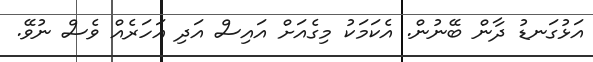
އަޅުގަނޑު ދާން ބޭނުން. އެކަމަކު މިގެއަށް އައިސް އަދި އަހަރެއް ވެސް ނުވޭ.